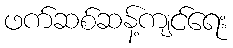
ဖက်ဆစ်ဆန့်ကျင်ရေး